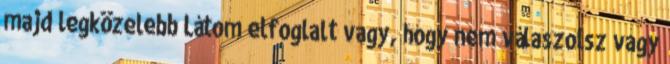
majd legközelebb Látom elfoglalt vagy, hogy nem válaszolsz vagy